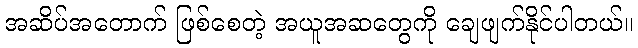
အဆိပ်အတောက် ဖြစ်စေတဲ့ အယူအဆတွေကို ချေဖျက်နိုင်ပါတယ်။